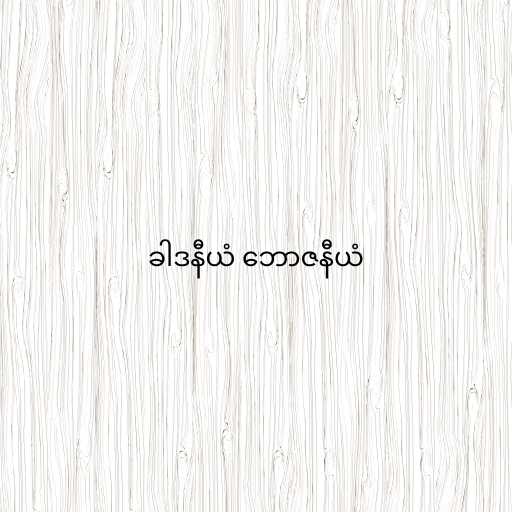
ခါဒနီယံ ဘောဇနီယံ